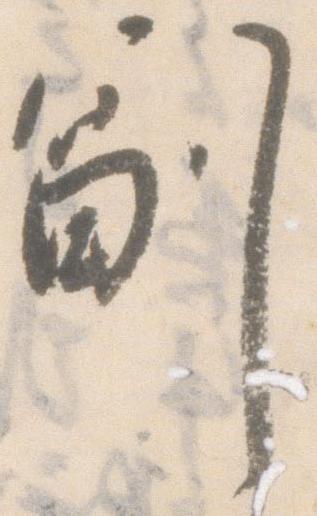
副